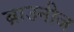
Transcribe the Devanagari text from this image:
ब्राउनीज